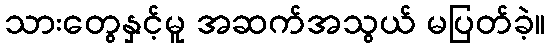
သားတွေနှင့်မူ အဆက်အသွယ် မပြတ်ခဲ့။